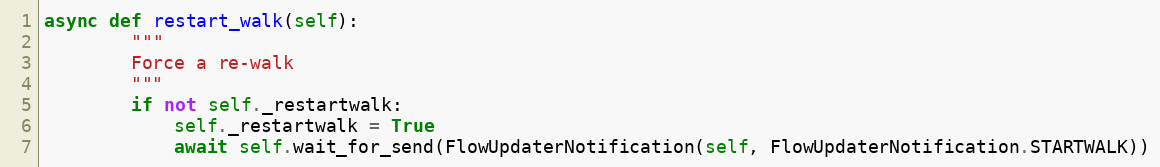
Language: Python
async def restart_walk(self):
        """
        Force a re-walk
        """
        if not self._restartwalk:
            self._restartwalk = True
            await self.wait_for_send(FlowUpdaterNotification(self, FlowUpdaterNotification.STARTWALK))